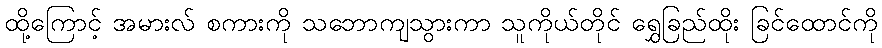
ထို့ကြောင့် အမားလ် စကားကို သဘောကျသွားကာ သူကိုယ်တိုင် ရွှေခြည်ထိုး ခြင်ထောင်ကို